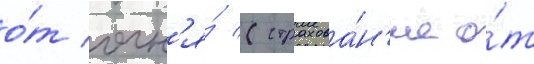
о́т огн'я́ (страхова́н'ие о́т